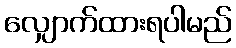
လျှောက်ထားရပါမည်